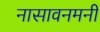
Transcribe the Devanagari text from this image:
नासावनमनी